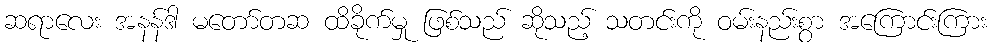
ဆရာလေး အနန်ဒါ မတော်တဆ ထိခိုက်မှု ဖြစ်သည် ဆိုသည့် သတင်းကို ဝမ်းနည်းစွာ အကြောင်းကြား